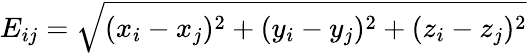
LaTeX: E_{ij}=\sqrt{(x_{i}-x_{j})^{2}+(y_{i}-y_{j})^{2}+(z_{i}-z_{j})^{2}}